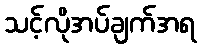
သင့်လိုအပ်ချက်အရ